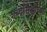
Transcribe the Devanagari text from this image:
शब्दसिद्धीच्या